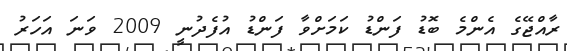
ރާއްޖޭގެ އެންމެ ބޮޑު ފަންޑު ކަމަށްވާ ފަންޑު އުފެދުނީ 2009 ވަނަ އަހަރު